Treatise on elephants
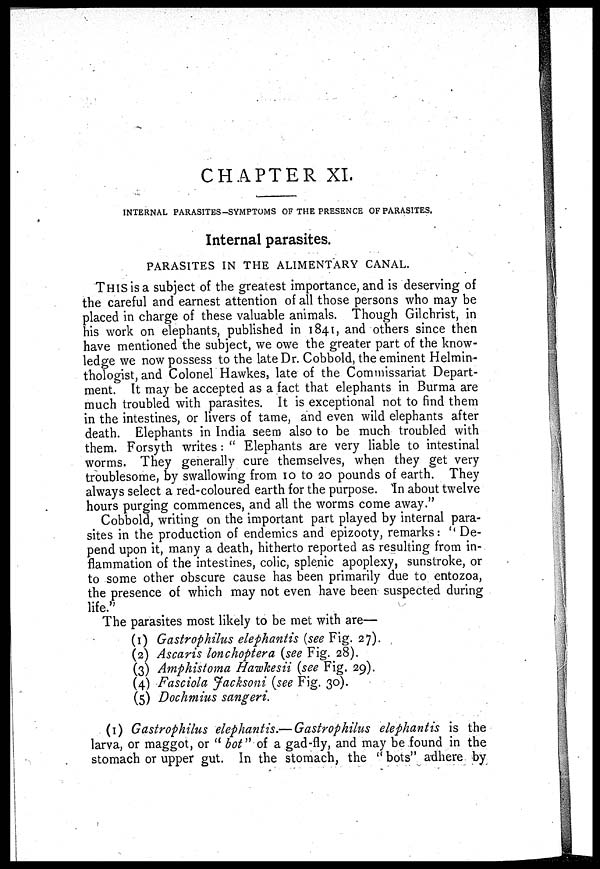
CHAPTER XI.
INTERNAL PARASITES-SYMPTOMS OF THE PRESENCE OF PARASITES.
Internal parasites.
PARASITES IN THE ALIMENTARY CANAL.
THIS is a subject of the greatest importance, and is deserving of
the careful and earnest attention of all those persons who may be
placed in charge of these valuable animals. Though Gilchrist, in
his work on elephants, published in 1841, and others since then
have mentioned the subject, we owe the greater part of the know-
ledge we now possess to the late Dr. Cobbold, the eminent Helmin-
thologist, and Colonel Hawkes, late of the Commissariat Depart-
ment. It may be accepted as a fact that elephants in Burma are
much troubled with parasites. It is exceptional not to find them
in the intestines, or livers of tame, and even wild elephants after
death. Elephants in India seem also to be much troubled with
them. Forsyth writes : "Elephants are very liable to intestinal
worms. They generally cure themselves, when they get very
troublesome, by swallowing from 10 to 20 pounds of earth. They
always select a red-coloured earth for the purpose. In about twelve
hours purging commences, and all the worms come away."
Cobbold, writing on the important part played by internal para-
sites in the production of endemics and epizooty, remarks: "De-
pend upon it, many a death, hitherto reported as resulting from in-
flammation of the intestines, colic, splenic apoplexy, sunstroke, or
to some other obscure cause has been primarily due to entozoa,
the presence of which may not even have been suspected during
life."
The parasites most likely to be met with are—
(1) Gastrophilus elephantis (see Fig. 27).
(2) Ascaris lonchoptera (see Fig. 28).
(3) Amphistoma Hawlcesii (see Fig. 29).
(4) Fasciola Jacksoni (see Fig. 30).
(5) Dochmius sangeri.
(1) Gastrophilus elephantis.—Gastrophilus elephantis is the
larva, or maggot, or "bot" of a gad-fly, and may be found in the
stomach or upper gut. In the stomach, the "bots" adhere by